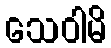
သေဝါမိ